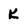
Character: k